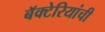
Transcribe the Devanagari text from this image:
बॅक्‍टेरियांची